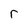
Character: r